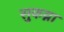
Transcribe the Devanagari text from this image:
सुकय्ना